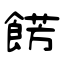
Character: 餝